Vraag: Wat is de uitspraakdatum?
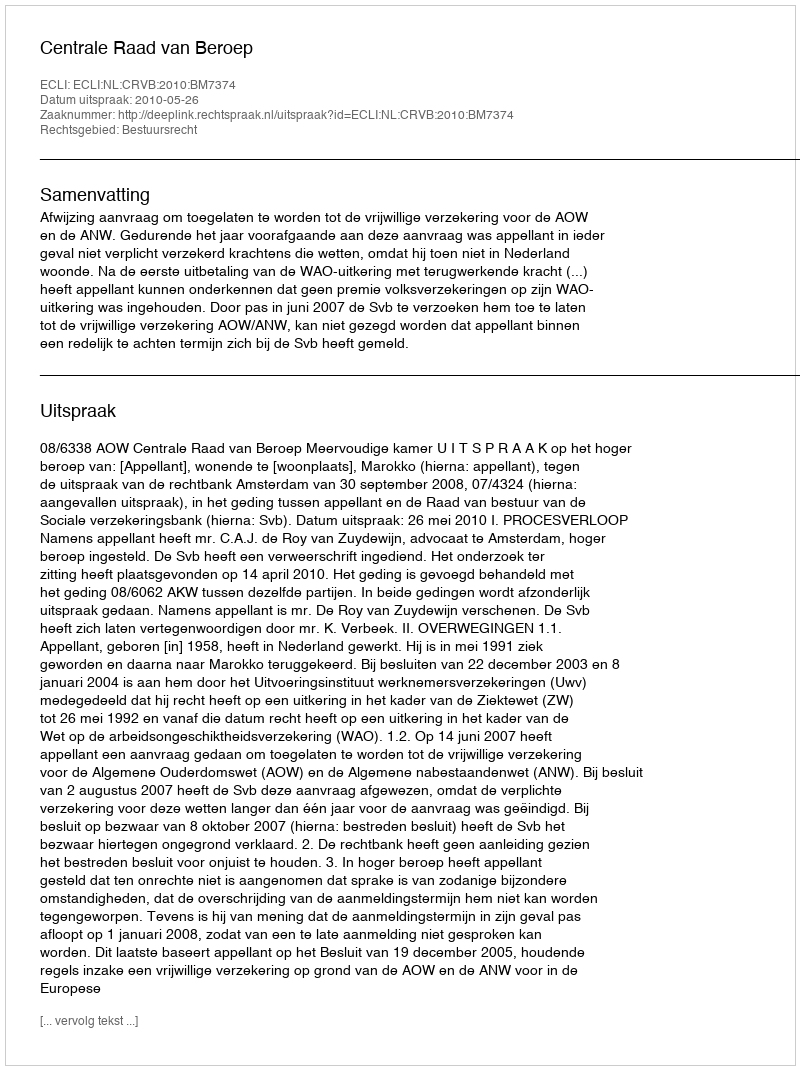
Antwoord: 2010-05-26